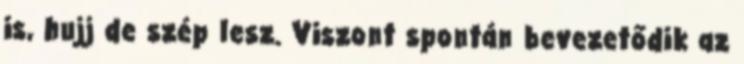
is, hujj de szép lesz. Viszont spontán bevezetődik az